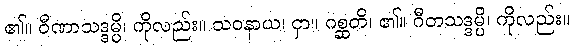
၏။ ဝီဏာသဒ္ဒမ္ပိ၊ ကိုလည်း။ သဝနာယ၊ ငှာ။ ဂစ္ဆတိ၊ ၏။ ဂီတသဒ္ဒမ္ပိ၊ ကိုလည်း။